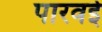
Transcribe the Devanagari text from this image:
पारवई